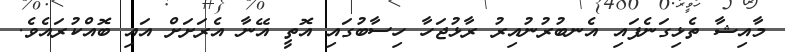
މާއިޝާ ތެޅިގަނެފައި އެނބުރުނުއިރު ރާޅުޖަހާ ހިސާބުގައި އޮތީ އޭނާ އެރަށަށް އައި ބޮއްކުރައެވެ.